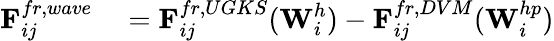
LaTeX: \begin{array}{rl}{\textbf{F}_{ij}^{fr,wave}}&{{}=\textbf{F}_{ij}^{fr,UGKS}(\textbf{W}_{i}^{h})-\textbf{F}_{ij}^{fr,DVM}(\textbf{W}_{i}^{hp})}\end{array}